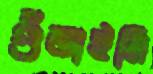
গুঁতাইলি